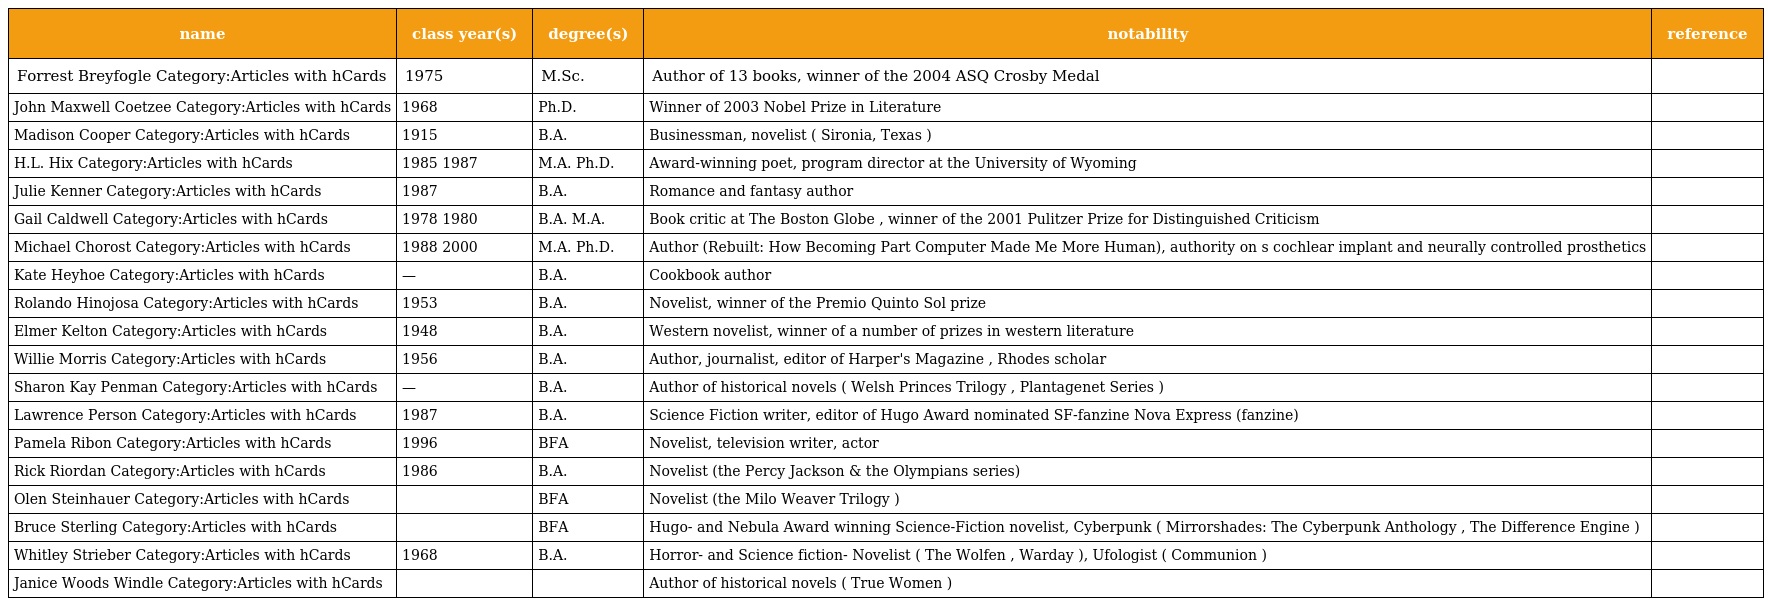
| name | class year(s) | degree(s) | notability | reference |
 | --- | --- | --- | --- | --- |
 | Forrest Breyfogle Category:Articles with hCards | 1975 | M.Sc. | Author of 13 books, winner of the 2004 ASQ Crosby Medal |  |
 | John Maxwell Coetzee Category:Articles with hCards | 1968 | Ph.D. | Winner of 2003 Nobel Prize in Literature |  |
 | Madison Cooper Category:Articles with hCards | 1915 | B.A. | Businessman, novelist ( Sironia, Texas ) |  |
 | H.L. Hix Category:Articles with hCards | 1985 1987 | M.A. Ph.D. | Award-winning poet, program director at the University of Wyoming |  |
 | Julie Kenner Category:Articles with hCards | 1987 | B.A. | Romance and fantasy author |  |
 | Gail Caldwell Category:Articles with hCards | 1978 1980 | B.A. M.A. | Book critic at The Boston Globe , winner of the 2001 Pulitzer Prize for Distinguished Criticism |  |
 | Michael Chorost Category:Articles with hCards | 1988 2000 | M.A. Ph.D. | Author (Rebuilt: How Becoming Part Computer Made Me More Human), authority on s cochlear implant and neurally controlled prosthetics |  |
 | Kate Heyhoe Category:Articles with hCards | — | B.A. | Cookbook author |  |
 | Rolando Hinojosa Category:Articles with hCards | 1953 | B.A. | Novelist, winner of the Premio Quinto Sol prize |  |
 | Elmer Kelton Category:Articles with hCards | 1948 | B.A. | Western novelist, winner of a number of prizes in western literature |  |
 | Willie Morris Category:Articles with hCards | 1956 | B.A. | Author, journalist, editor of Harper's Magazine , Rhodes scholar |  |
 | Sharon Kay Penman Category:Articles with hCards | — | B.A. | Author of historical novels ( Welsh Princes Trilogy , Plantagenet Series ) |  |
 | Lawrence Person Category:Articles with hCards | 1987 | B.A. | Science Fiction writer, editor of Hugo Award nominated SF-fanzine Nova Express (fanzine) |  |
 | Pamela Ribon Category:Articles with hCards | 1996 | BFA | Novelist, television writer, actor |  |
 | Rick Riordan Category:Articles with hCards | 1986 | B.A. | Novelist (the Percy Jackson & the Olympians series) |  |
 | Olen Steinhauer Category:Articles with hCards |  | BFA | Novelist (the Milo Weaver Trilogy ) |  |
 | Bruce Sterling Category:Articles with hCards |  | BFA | Hugo- and Nebula Award winning Science-Fiction novelist, Cyberpunk ( Mirrorshades: The Cyberpunk Anthology , The Difference Engine ) |  |
 | Whitley Strieber Category:Articles with hCards | 1968 | B.A. | Horror- and Science fiction- Novelist ( The Wolfen , Warday ), Ufologist ( Communion ) |  |
 | Janice Woods Windle Category:Articles with hCards |  |  | Author of historical novels ( True Women ) |  |